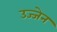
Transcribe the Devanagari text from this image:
उज्‍जेन